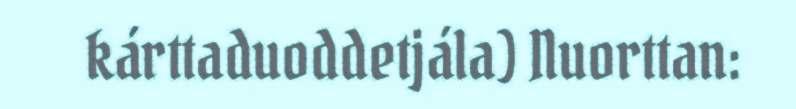
kárttaduoddetjála) Nuorttan: